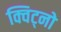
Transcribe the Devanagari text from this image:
क्विट्नो